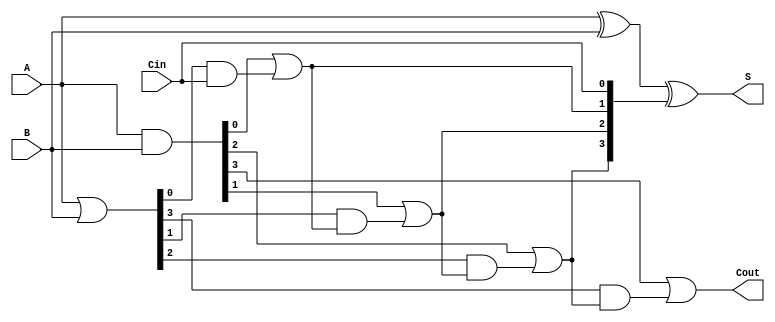
module CarryLookaheadAdder #(
    parameter N = 4 // Number of bits
)(
    input  [N-1:0] A,    // First operand
    input  [N-1:0] B,    // Second operand
    input         Cin,    // Carry-in
    output [N-1:0] S,     // Sum output
    output        Cout     // Carry-out
);

    wire [N-1:0] G; // Generate signals
    wire [N-1:0] P; // Propagate signals
    wire [N:0] C;   // Carry signals (C[0] is Cin)

    // Generate and Propagate signals calculation
    assign G = A & B;       // Generate: Gi = Ai * Bi
    assign P = A | B;       // Propagate: Pi = Ai + Bi

    // Carry signals calculation
    assign C[0] = Cin; // C[0] is the initial carry input

    genvar i;
    generate
        for (i = 0; i < N; i = i + 1) begin : carry_gen
            if (i == 0) begin
                assign C[i+1] = G[i] | (P[i] & C[i]); // C1 = G0 + (P0 * C0)
            end else begin
                assign C[i+1] = G[i] | (P[i] & C[i]); // Ci+1 = Gi + (Pi * Ci)
            end
        end
    endgenerate

    // Sum output calculation
    assign S = A ^ B ^ C[N-1:0]; // Si = Ai ^ Bi ^ Ci

    // Carry-out output
    assign Cout = C[N]; // Cout is the last carry output

endmodule